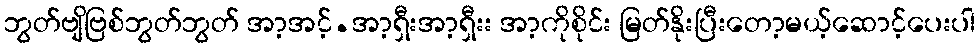
ဘွတ်ဗျိဗြစ်ဘွတ်ဘွတ် အာ့အင့်.အာ့ရှီးအာ့ရှီးး အာ့ကိုစိုင်း မြတ်နိုးပြီးတော့မယ့်ဆောင့်ပေးပါ